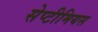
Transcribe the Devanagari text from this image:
सेप्टीमियस